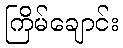
ကြိမ်ချောင်း